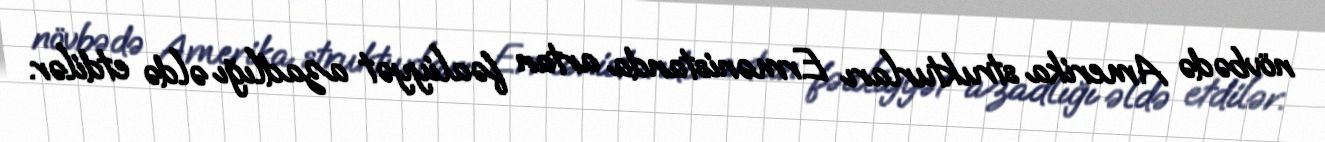
növbədə Amerika strukturları Ermənistanda artan fəaliyyət azadlığı əldə etdilər.